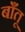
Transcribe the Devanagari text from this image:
बाँतू